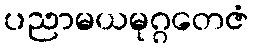
ပညာမယမုဂ္ဂတေဇံ